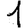
Digit: 1